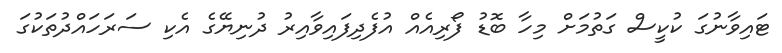
ޓައިވާނުގަ ކުކީސް ގަތުމަށް މިހާ ބޮޑު ފޯރިއެއް އުފެދިފައިވާއިރު ދުނިޔޭގެ އެކި ސަރަހައްދުތަކުގަ